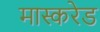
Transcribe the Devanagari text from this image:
मास्करेड